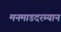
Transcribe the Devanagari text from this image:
मनमाडदरम्यान